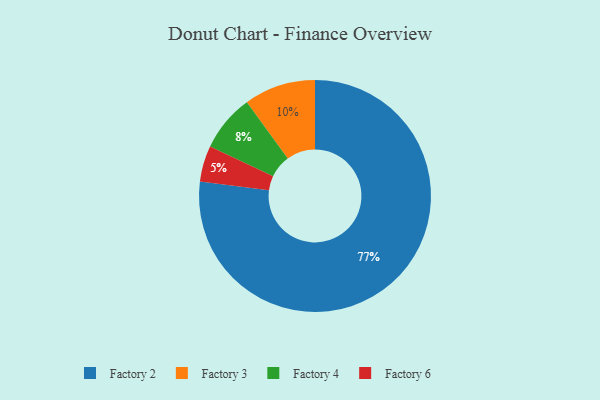
{"axis": {"x": "Category", "y": "Percentage"}, "legend": ["Factory 2", "Factory 3", "Factory 4", "Factory 6"], "data": [{"x": "Factory 3", "y": 10, "type": "Factory 3"}, {"x": "Factory 2", "y": 77, "type": "Factory 2"}, {"x": "Factory 4", "y": 8, "type": "Factory 4"}, {"x": "Factory 6", "y": 5, "type": "Factory 6"}]}